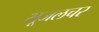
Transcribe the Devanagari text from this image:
भूजलचर